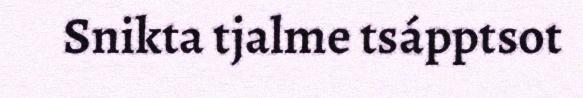
Snikta tjalme tsápptsot